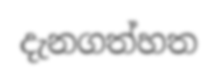
දැනගත්හත